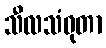
သီလသံဝုတာ